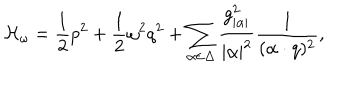
{ \cal H } _ { \omega } = { \frac { 1 } { 2 } } p ^ { 2 } + { \frac { 1 } { 2 } } \omega ^ { 2 } q ^ { 2 } + \sum _ { \alpha \in \Delta } { \frac { g _ { | \alpha | } ^ { 2 } } { | \alpha | ^ { 2 } } } { \frac { 1 } { ( \alpha \cdot q ) ^ { 2 } } } ,